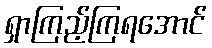
ရှာကြည့်ကြရအောင်